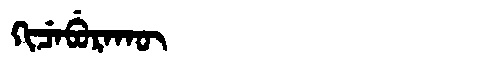
Manchu: ᡴᡳᠴᡝᠪᡠᡵᠠᡴᡡ
Romanization: KICEBURAKŪ